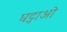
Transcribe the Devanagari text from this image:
घट्नाओ